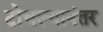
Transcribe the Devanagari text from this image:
टोचल्यानंतर